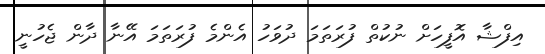
އިފްޝާ އޮފީހަށް ނުކުތް ފުރަތަމަ ދުވަހު އެންމެ ފުރަތަމަ އޭނާ ދާން ޖެހުނީ